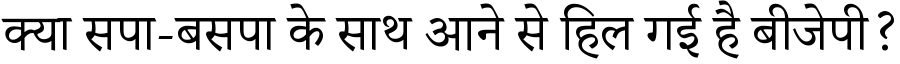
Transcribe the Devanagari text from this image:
क्या सपा-बसपा के साथ आने से हिल गई है बीजेपी?